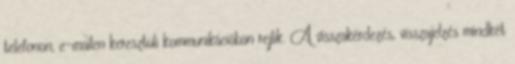
telefonon, e-mailen keresztüli kommunikációban rejlik. A visszakérdezés, visszajelzés mindkét